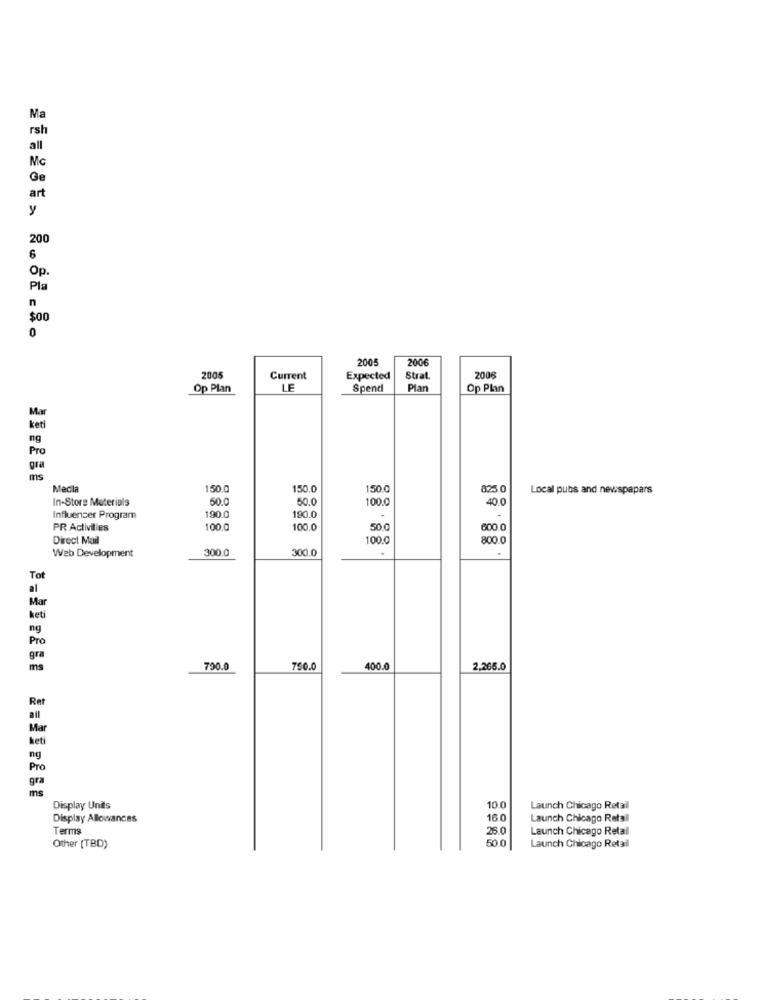
Ma
rsh
all
Mc
Ge
art
y
200
6
Op.
Pla
n
$00
0
2005
2006
2005
Current
Expected
Strat.
2006
Op Plan
LE
Spend
Plan
Op Plan
Mar
ket
ng
Pro
gra
ms
Medl
150.0
150.0
1500
825
Local pubs and newspapers
In-Store Materials
50.0
50.0
100.0
40.0
Influencer Program
190.0
190.0
PR Activities
100.0
100.0
50.0
600 0
Direct Mail
100.0
800.
Web Development
300.0
300.0
Tot
al
Mar
keti
ng
Pro
gra
ms
790.0
750.0
400.0
2,265.0
Ret
ail
Mar
keti
ng
Pro
gra
ms
Display Unds
10.0
Launch Chicago Retail
Display Allowances
16.0
Launch Chicago Retail
Terms
26.0
Launch Chicago Retail
50.0
Other [TBD)
Launch Chicago Retail